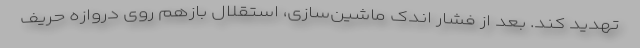
تهدید کند. بعد از فشار اندک ماشین‌سازی، استقلال بازهم روی دروازه حریف